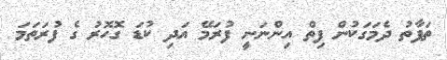
ތަފާތު ދެމަގަކުން ފިތް އިންނަނީ ފުރަމޭ އަދި ކުޑަ ގޮހޮރު ގެ ފުރަތަމަ